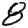
Digit: 8